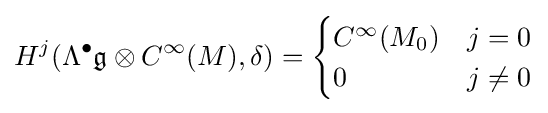
H^{j}(\Lambda ^{\bullet }{\mathfrak {g}}\otimes C^{\infty }(M),\delta )={\begin{cases}C^{\infty }(M_{0})&j=0\\0&j\neq 0\end{cases}}